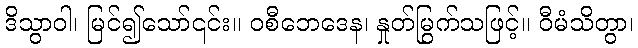
ဒိသွာဝါ၊ မြင်၍သော်၎င်း။ ဝစီဘေဒေန၊ နှုတ်မြွက်သဖြင့်။ ဝီမံသိတွာ၊